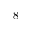
8